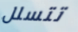
تتسلل